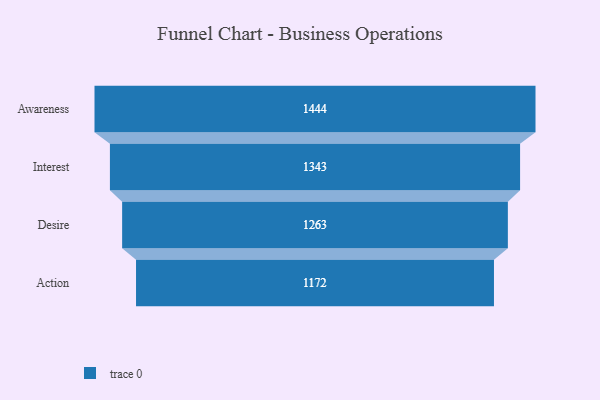
{"axis": {"x": "Stage", "y": "Value"}, "legend": [""], "data": [{"x": "Awareness", "y": 1444.0, "type": ""}, {"x": "Interest", "y": 1343.0, "type": ""}, {"x": "Desire", "y": 1263.0, "type": ""}, {"x": "Action", "y": 1172.0, "type": ""}]}